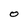
Character: O